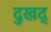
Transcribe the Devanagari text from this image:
दुखद्